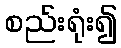
စည်းရုံး၍